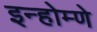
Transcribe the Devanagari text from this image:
इन्होम्णे